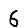
Digit: 6